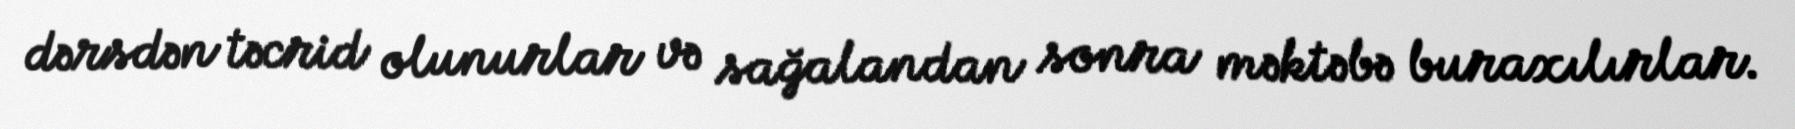
dərsdən təcrid olunurlar və sağalandan sonra məktəbə buraxılırlar.